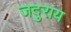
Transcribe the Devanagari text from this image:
जदुराय